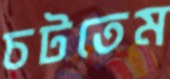
চটতেম